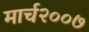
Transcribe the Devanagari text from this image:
मार्च२००७